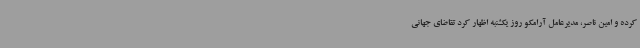
کرده و امین ناصر، مدیرعامل آرامکو روز یکشنبه اظهار کرد تقاضای جهانی